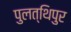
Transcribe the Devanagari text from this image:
पुलत्थिपुर